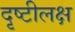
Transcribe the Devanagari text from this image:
दृष्टीलक्ष